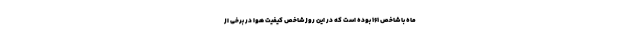
ماه با شاخص ۱۶۱ بوده است که در این روز شاخص کیفیت هوا در برخی از